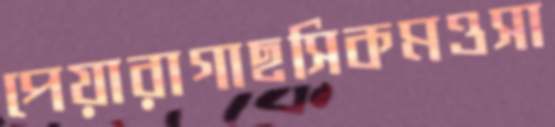
পেয়ারাগাছসিকমওসা